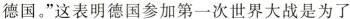
德国。”这表明德国参加第一次世界大战是为了